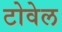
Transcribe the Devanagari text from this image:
टोवेल